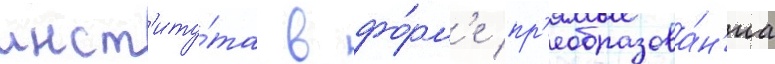
инст'иту́та в фо́рм'е пр'еобразова́н'иа